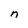
Character: n